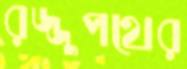
রজ্জুপথের